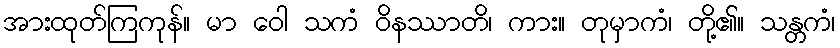
အားထုတ်ကြကုန်။ မာ ဝေါ သကံ ဝိနဿာတိ၊ ကား။ တုမှာကံ၊ တို့၏။ သန္တကံ၊